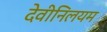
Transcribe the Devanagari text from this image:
देवीनिलयम